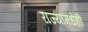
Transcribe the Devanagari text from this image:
राज्यांमधेही